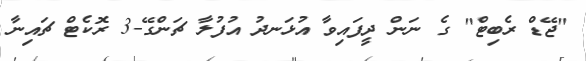
"ޖޭޑް ރެބިޓް" ގެ ނަން ދީފައިވާ އުޅަނދު އުފުލާ ޗަންގޭ-3 ރޮކެޓް ޗައިނާ